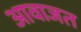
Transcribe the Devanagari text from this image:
आवाजत